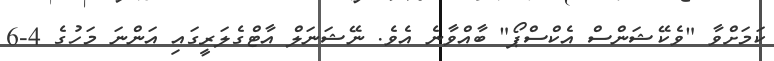
ކަމަށްވާ "ވެކޭޝަންސް އެކްސްޕޯ" ބާއްވާނެ އެވެ. ނޭޝަނަލް އާޓްގެލަރީގައި އަންނަ މަހުގެ 4-6